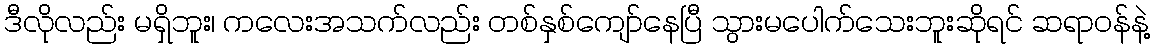
ဒီလိုလည်း မရှိဘူး၊ ကလေးအသက်လည်း တစ်နှစ်ကျော်နေပြီ သွားမပေါက်သေးဘူးဆိုရင် ဆရာဝန်နဲ့